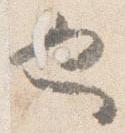
也